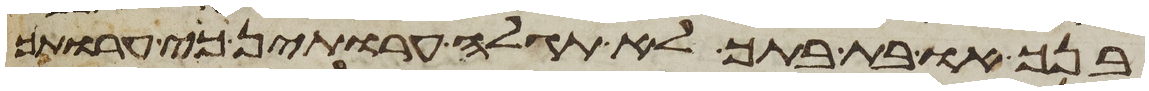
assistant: בנך או בת בתך לא תגלה ערותן כי ערותך